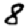
Digit: 8